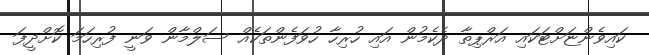
ކައިވެންޏަށްޓަކައި އަރްޕިތާ ދެކެމުން އައި ހުރިހާ ހުވަފެންތަކެއް ސަލްމާން ވަނީ ފުރިހަމަ ކޮށްދީފަ